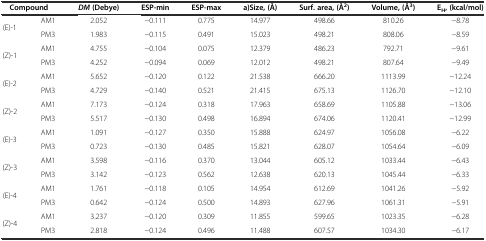
<table><thead><tr><td colspan="2"><b>Compound</b></td><td><b><i>DM</i>(Debye)</b></td><td><b>ESP-min</b></td><td><b>ESP-max</b></td><td><b>a)Size, (Å)</b></td><td><b>Surf. area, (Å<sup>2</sup>)</b></td><td><b>Volume, (Å<sup>3</sup>)</b></td><td><b>E<sub>H</sub>, (kcal/mol)</b></td></tr></thead><tbody><tr><td rowspan="2">(E)-1</td><td>AM1</td><td>2.052</td><td>-0.111</td><td>0.775</td><td>14.977</td><td>498.66</td><td>810.26</td><td>-8.78</td></tr><tr><td>PM3</td><td>1.983</td><td>-0.115</td><td>0.491</td><td>15.023</td><td>498.21</td><td>808.06</td><td>-8.59</td></tr><tr><td rowspan="2">(Z)-1</td><td>AM1</td><td>4.755</td><td>-0.104</td><td>0.075</td><td>12.379</td><td>486.23</td><td>792.71</td><td>-9.61</td></tr><tr><td>PM3</td><td>4.252</td><td>-0.094</td><td>0.069</td><td>12.012</td><td>498.21</td><td>807.64</td><td>-9.49</td></tr><tr><td rowspan="2">(E)-2</td><td>AM1</td><td>5.652</td><td>-0.120</td><td>0.122</td><td>21.538</td><td>666.20</td><td>1113.99</td><td>-12.24</td></tr><tr><td>PM3</td><td>4.729</td><td>-0.140</td><td>0.521</td><td>21.415</td><td>675.13</td><td>1126.70</td><td>-12.10</td></tr><tr><td rowspan="2">(Z)-2</td><td>AM1</td><td>7.173</td><td>-0.124</td><td>0.318</td><td>17.963</td><td>658.69</td><td>1105.88</td><td>-13.06</td></tr><tr><td>PM3</td><td>5.517</td><td>-0.130</td><td>0.498</td><td>16.894</td><td>674.06</td><td>1120.41</td><td>-12.99</td></tr><tr><td rowspan="2">(E)-3</td><td>AM1</td><td>1.091</td><td>-0.127</td><td>0.350</td><td>15.888</td><td>624.97</td><td>1056.08</td><td>-6.22</td></tr><tr><td>PM3</td><td>0.723</td><td>-0.130</td><td>0.485</td><td>15.821</td><td>628.07</td><td>1054.64</td><td>-6.09</td></tr><tr><td rowspan="2">(Z)-3</td><td>AM1</td><td>3.598</td><td>-0.116</td><td>0.370</td><td>13.044</td><td>605.12</td><td>1033.44</td><td>-6.43</td></tr><tr><td>PM3</td><td>3.142</td><td>-0.123</td><td>0.562</td><td>12.638</td><td>620.13</td><td>1045.44</td><td>-6.33</td></tr><tr><td rowspan="2">(E)-4</td><td>AM1</td><td>1.761</td><td>-0.118</td><td>0.105</td><td>14.954</td><td>612.69</td><td>1041.26</td><td>-5.92</td></tr><tr><td>PM3</td><td>0.642</td><td>-0.124</td><td>0.500</td><td>14.893</td><td>627.96</td><td>1061.31</td><td>-5.91</td></tr><tr><td rowspan="2">(Z)-4</td><td>AM1</td><td>3.237</td><td>-0.120</td><td>0.309</td><td>11.855</td><td>599.65</td><td>1023.35</td><td>-6.28</td></tr><tr><td>PM3</td><td>2.818</td><td>-0.124</td><td>0.496</td><td>11.488</td><td>607.57</td><td>1034.30</td><td>-6.17</td></tr></tbody></table>